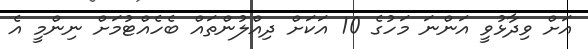
އަށް ވިދާޅުވީ އަންނަ މަހުގެ 10 އަކަށް ދިއްލުންތައް ބެހެއްޓުމަށް ނިންމީ އެ